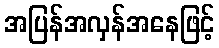
အပြန်အလှန်အနေဖြင့်